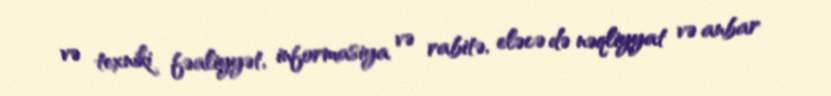
və texniki fəaliyyət, informasiya və rabitə, eləcə də nəqliyyat və anbar